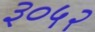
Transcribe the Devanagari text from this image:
३०५२